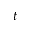
t